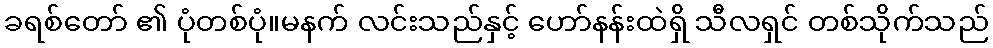
ခရစ်တော် ၏ ပုံတစ်ပုံ။မနက် လင်းသည်နှင့် ဟော်နန်းထဲရှိ သီလရှင် တစ်သိုက်သည်